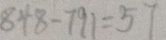
8 4 8 - 7 9 1 = 5 7